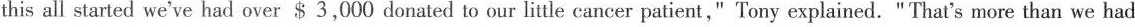
this all started we've had over $3,000 donated to our little cancer patient," Tony explained. "That's more than we had